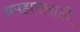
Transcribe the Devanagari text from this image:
अपहारासाठी